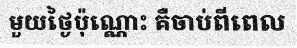
មួយថ្ងៃប៉ុណ្ណោះ គឺចាប់ពីពេល